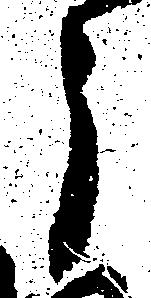
う